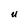
Character: U